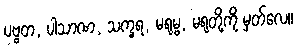
ပဗ္ဗတ, ပါသာဏ, သက္ခရ, မရုမ္ဗ, မရုတို့ကို မှတ်လေ။